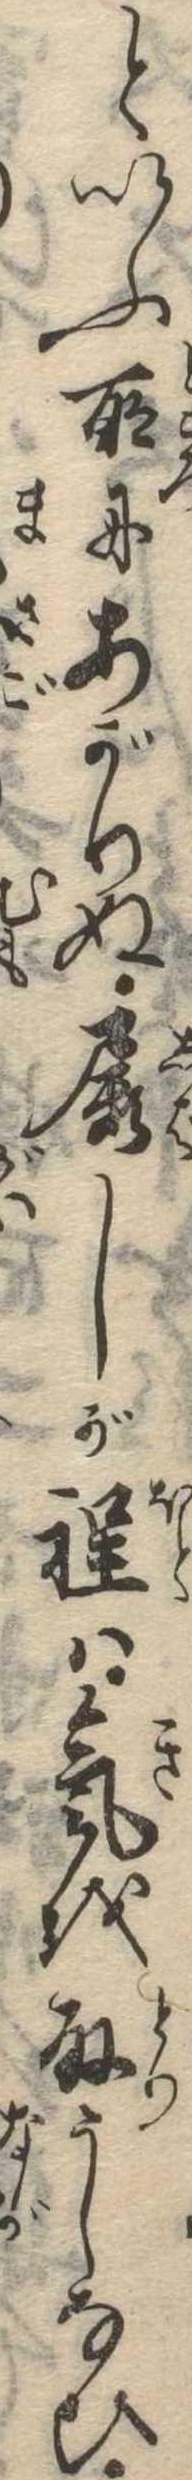
といふ所にあがりぬ屡しが程は気を取うしなひ